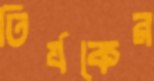
তির্যকের